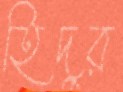
হিদুর